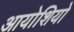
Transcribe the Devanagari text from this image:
आयोशियो